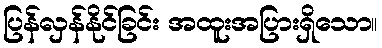
ပြန်လှန်နိုင်ခြင်း အထူးအပြားရှိသော။